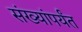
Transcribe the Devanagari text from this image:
संख्यांपर्यंत